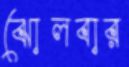
ঝোলবার